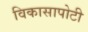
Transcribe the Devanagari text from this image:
विकासापोटी